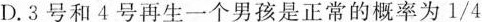
D.3号和4号再生一个男孩是正常的概率为1/4